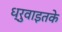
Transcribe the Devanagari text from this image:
ध्रुवाइतके